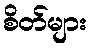
စိတ်များ